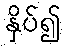
နှိပ်၍